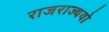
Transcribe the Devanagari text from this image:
राजराज्ययो